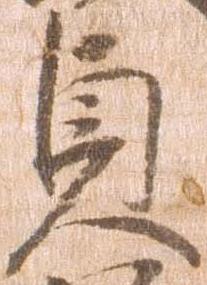
貞